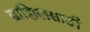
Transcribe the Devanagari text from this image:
ब्राझिलसाठी